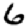
Digit: 6